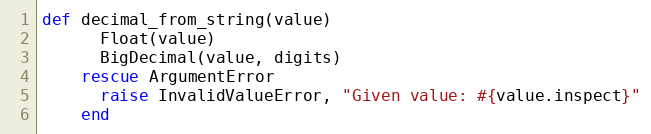
Language: Ruby
def decimal_from_string(value)
      Float(value)
      BigDecimal(value, digits)
    rescue ArgumentError
      raise InvalidValueError, "Given value: #{value.inspect}"
    end